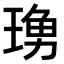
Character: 𤧓